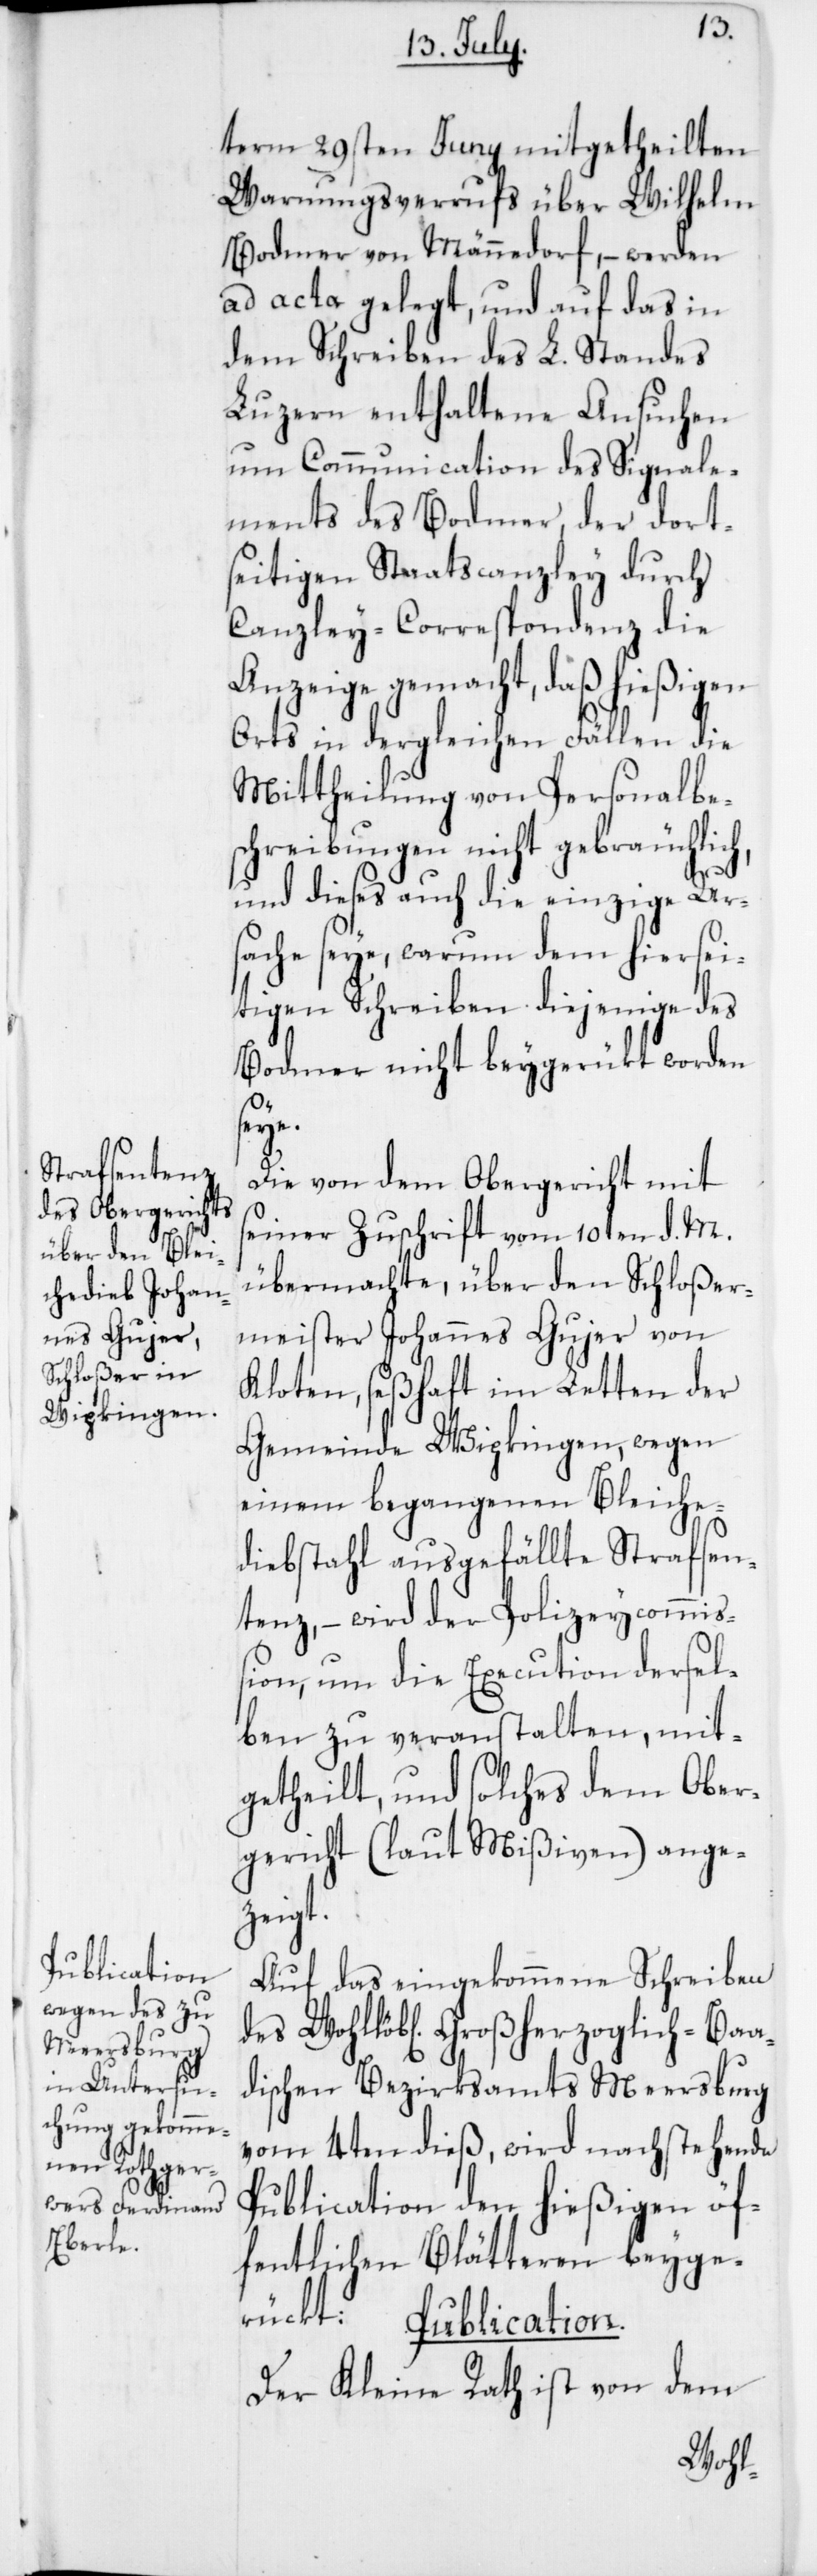
Publication.

term 29sten Juny mitgetheilten
Warnungsverruf über Wilhelm
Bodmer von Männedorf, – werden
ad acta gelegt, und auf das in
dem Schreiben des L. Standes
Luzern enthaltene Ansuchen
um Communication des Signale¬
ments des Bodmer, der dort¬
seitigen Staatscanzley durch
Canzley-Correspondenz die
Anzeige gemacht, daß hießigen
Orts in dergleichen Fällen die
Mittheilung von Personalbes¬
cheibungen nicht gebräuchlich,
und dieses auch die einzige Ur¬
sache seye, warum dem hiersei¬
tigen Schreiben diejenige des
Bodmer nicht beygerückt worden
seye.
Die von dem Obergericht mit
seiner Zuschrift vom 10ten d. M.
übermachte, über den Schloßer¬
meister Johannes Gujer von
Kloten, seßhaft im Letten der
Gemeinde Wipkingen, wegen
einem begangenen Bleiche¬
diebstahl ausgefällte Strafsen¬
tenz, – wird der Polizeycommiß¬
ion, um die Execution dersel¬
ben zu veranstalten, mit¬
getheilt, und solches dem Ober¬
gericht (laut Mißiven) ange¬
rückt.
Auf das eingekommene Schreiben
des Wohllöbl. Großherzoglich-Baa¬
dischen Bezirksamts Meersburg
vom 4ten dieß, wird nachstehende
Publication den hießigen öf¬
fentlichen Blätteren beyge¬
Der Kleine Rath ist von dem